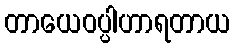
တာယေဝပ္ပါဟာရတာယ